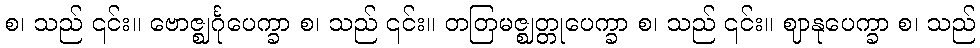
စ၊ သည် ၎င်း။ ဗောဇ္ဈင်္ဂုပေက္ခာ စ၊ သည် ၎င်း။ တတြမဇ္ဈတ္တုပေက္ခာ စ၊ သည် ၎င်း။ ဈာနုပေက္ခာ စ၊ သည်